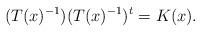
LaTeX: \begin{align*}(T(x)^{-1})(T(x)^{-1})^t=K(x).\end{align*}